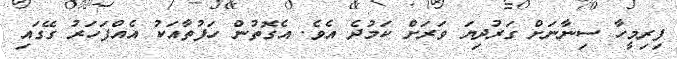
ފިރިމީހާ ސިނާނަށް ގަރުދިޔަ ވަރަށް ކަމުދެ އެވެ. އެގޮތުން ހަފުތާއަކު އެއްފަހަރު ގޭގައި